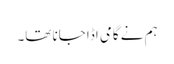
ہم نے گامی اڈا جانا تھا۔